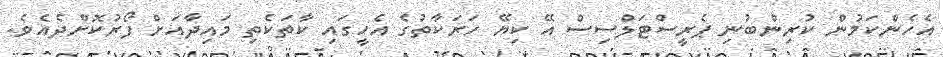
އެހެންކަމުން ކުރިންބުނި ޕެރީސްޓަލްސިސް އޭ ކިޔޭ ހަރަކާތުގެ އެހީގައި ކާތަކެތި މައިދާއަށް ފޯރުކޮށްދެއެވެ.